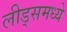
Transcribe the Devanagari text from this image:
लीड्समध्ये